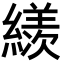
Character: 𦅗